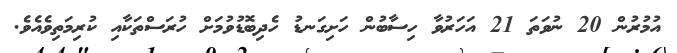
އުމުރުން 20 ނުވަތަ 21 އަހަރުވާ ހިސާބުން ހަށިގަނޑު ހެދިބޮޑުވުމަށް ހުރަސްތަކާއި ކުރިމަތިވެއެވެ.